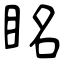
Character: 眳